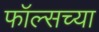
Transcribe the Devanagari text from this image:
फॉल्सच्या